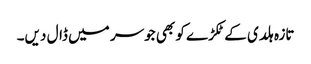
تازہ ہلدی کے ٹکڑے کو بھی جوسر میں ڈال دیں۔